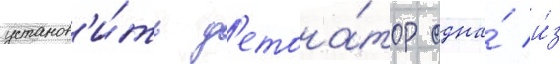
установ'и́ть д'етона́тор одна́ и́з